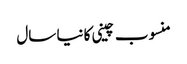
منسوب چینی کا نیا سال